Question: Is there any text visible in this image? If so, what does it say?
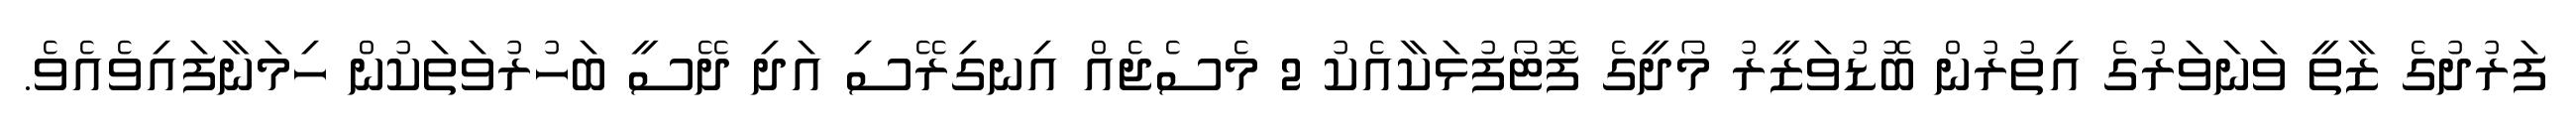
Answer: ފަރުދުގެ ޒާތީ ވަނަވަރުގެ އިތުރުން ބޮޑުވަޒީރު މޯދީގެ ފޮޓޯފުޅަކާއެކު 2 މެސެޖެއް އިނގިރޭސި އަދި ދޭސީ ބަހުރުވަތަކުން ހިމަނާފައިވެއެވެ.